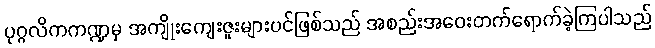
ပုဂ္ဂလိကကဏ္ဍမှ အကျိုးကျေးဇူးများပင်ဖြစ်သည် အစည်းအဝေးတက်ရောက်ခဲ့ကြပါသည်